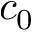
c _ { 0 }